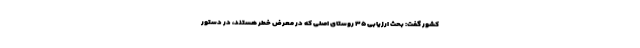
کشور گفت: بحث ارزیابی ٣۵ روستای اصلی که در معرض خطر هستند، در دستور